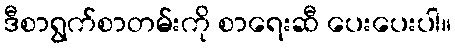
ဒီစာရွက်စာတမ်းကို စာရေးဆီ ပေးပေးပါ။